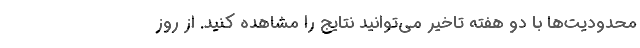
محدودیت‌ها با دو هفته تاخیر می‌توانید نتایج را مشاهده کنید. از روز